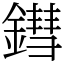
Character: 鏏